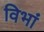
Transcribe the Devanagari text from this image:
विभां